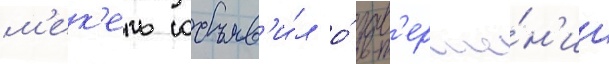
м'ек'ель объяв'и́л о́ зав'ерше́н'ии